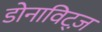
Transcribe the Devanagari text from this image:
डोनाविट्ज़